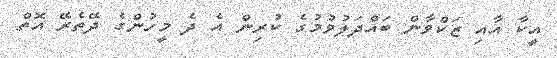
އީކާ އާއި ޒަކްވާން ބައްދަލުވުމުގެ ކުރިން އެ ދެ މީހުންގެ ދޭތެރޭ އޮތް